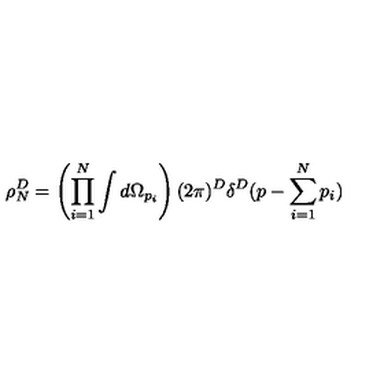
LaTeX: \rho _ { N } ^ { D } = \left( \prod _ { i = 1 } ^ { N } \int d \Omega _ { p _ { i } } \right) ( 2 \pi ) ^ { D } \delta ^ { D } ( p - \sum _ { i = 1 } ^ { N } p _ { i } )